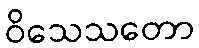
ဝိသေသတော